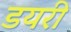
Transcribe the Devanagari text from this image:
डयरी